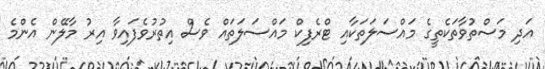
އަދި މަސްތުވާތަކެތީގެ މައްސަލަތަކާއި ޓްރެފިކް މައްސަލަތައް ވެސް އިތުރުވެފައިވާ އިރު މާލޭން އެންމެ